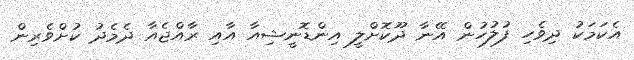
އެކަމަކު ދިވެހި ފުލުހުން އޭނާ ދޫކޮށްލީ އިންޑޮނީޝިއާ އާއި ރާއްޖެއާ ދެމެދު ކުށްވެރިން